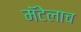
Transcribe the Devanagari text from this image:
मॅटेलाच